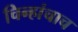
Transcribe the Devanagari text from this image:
चिन्हांचाच